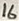
Text: 16